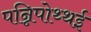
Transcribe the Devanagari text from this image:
पन्निपोथ्थई